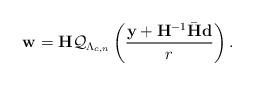
LaTeX: \begin{align*}\mathbf w = {\mathbf H} \mathcal Q_{\Lambda_{c,n}} \left(\frac{\mathbf y+{\mathbf H}^{-1}\bar{\mathbf H} \mathbf d}{r} \right).\end{align*}